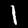
Label: 1